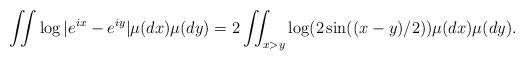
LaTeX: \begin{align*}\iint\log|e^{ix}-e^{iy}|\mu(dx)\mu(dy)=2\iint_{x>y}\log(2\sin((x-y)/2))\mu(dx)\mu(dy).\end{align*}